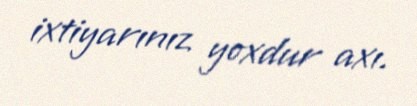
ixtiyarınız yoxdur axı.